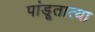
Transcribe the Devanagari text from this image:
पांडूतात्या